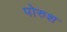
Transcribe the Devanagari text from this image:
पोरुश